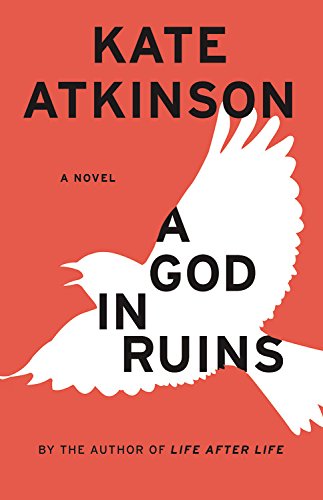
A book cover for A God in Ruins: A Novel (Todd Family); Kate Atkinson; Mystery, Thriller & Suspense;